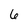
Character: 6